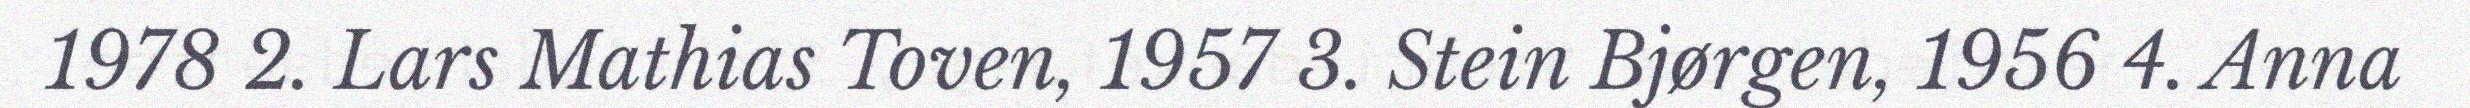
1978 2. Lars Mathias Toven, 1957 3. Stein Bjørgen, 1956 4. Anna